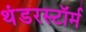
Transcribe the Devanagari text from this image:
थंडरस्टॉर्म